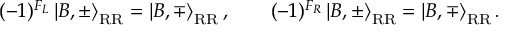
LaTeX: ( - 1 ) ^ { F _ { L } } \left| B , \pm \right\rangle _ { \mathrm { R R } } = \left| B , \mp \right\rangle _ { \mathrm { R R } } , \qquad ( - 1 ) ^ { F _ { R } } \left| B , \pm \right\rangle _ { \mathrm { R R } } = \left| B , \mp \right\rangle _ { \mathrm { R R } } .